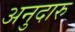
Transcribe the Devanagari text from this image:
अनुदारु